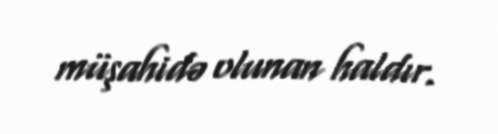
müşahidə olunan haldır.